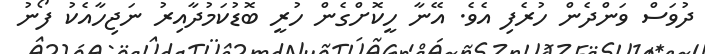
ދުވަސް ވަންދެން ހުރެފި އެވެ. އޭނާ ހީކޮށްގެން ހުރީ ބޮޑުކަމުދާއިރު ނަޖިހާއެކު ފޯނު